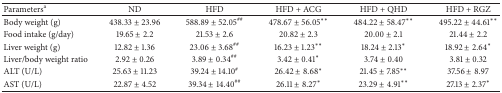
<table><thead><tr><td><b>Parameters<sup>a</sup></b></td><td><b>ND</b></td><td><b>HFD</b></td><td><b>HFD + ACG</b></td><td><b>HFD + QHD</b></td><td><b>HFD + RGZ</b></td></tr></thead><tbody><tr><td>Body weight (g)</td><td>438.33 ± 23.96</td><td>588.89 ± 52.05<sup>##</sup></td><td>478.67 ± 56.05<sup><i>∗∗</i></sup></td><td>484.22 ± 58.47<sup><i>∗∗</i></sup></td><td>495.22 ± 44.61<sup><i>∗∗</i></sup></td></tr><tr><td>Food intake (g/day)</td><td>19.65 ± 2.2</td><td>21.53 ± 2.6</td><td>20.82 ± 2.3</td><td>20.00 ± 2.1</td><td>21.44 ± 2.2</td></tr><tr><td>Liver weight (g)</td><td>12.82 ± 1.36</td><td>23.06 ± 3.68<sup>##</sup></td><td>16.23 ± 1.23<sup><i>∗∗</i></sup></td><td>18.24 ± 2.13<sup><i>∗</i></sup></td><td>18.92 ± 2.64<sup><i>∗</i></sup></td></tr><tr><td>Liver/body weight ratio</td><td>2.92 ± 0.26</td><td>3.89 ± 0.34<sup>##</sup></td><td>3.42 ± 0.41<sup><i>∗</i></sup></td><td>3.74 ± 0.40</td><td>3.81 ± 0.32</td></tr><tr><td>ALT (U/L)</td><td>25.63 ± 11.23</td><td>39.24 ± 14.10<sup>#</sup></td><td>26.42 ± 8.68<sup><i>∗</i></sup></td><td> 21.45 ± 7.85<sup><i>∗∗</i></sup></td><td>37.56 ± 8.97</td></tr><tr><td>AST (U/L)</td><td>22.87 ± 4.52</td><td>39.34 ± 14.40<sup>##</sup></td><td>26.11 ± 8.27<sup><i>∗</i></sup></td><td> 23.29 ± 4.91<sup><i>∗∗</i></sup></td><td> 27.13 ± 2.37<sup><i>∗</i></sup></td></tr></tbody></table>